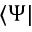
\langle \Psi |